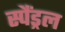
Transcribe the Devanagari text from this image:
स्पैंड्रल